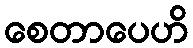
စေတာပေဟိ